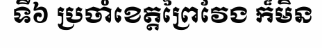
ទី៦ ប្រចាំខេត្តព្រៃវែង ក៏មិន